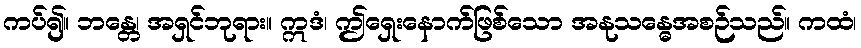
ကပ်၍။ ဘန္တေ၊ အရှင်ဘုရား။ ဣဒံ၊ ဤရှေးနောက်ဖြစ်သော အနုသန္ဓေအစဉ်သည်။ ကထံ၊